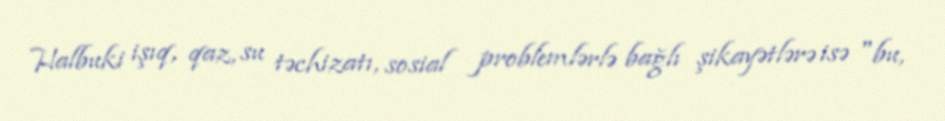
Halbuki işıq, qaz, su təchizatı, sosial problemlərlə bağlı şikayətlərə isə "bu,